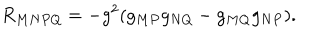
LaTeX: R _ { M N P Q } = - g ^ { 2 } ( g _ { M P } g _ { N Q } - g _ { M Q } g _ { N P } ) .